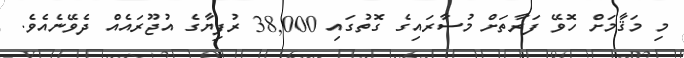
މި މަޤާމަށް ހޮވޭ ފަރާތަށް މުސާރައިގެ ގޮތުގައި 38